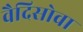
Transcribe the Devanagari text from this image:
वैदिसोवा